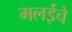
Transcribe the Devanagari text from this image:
मलईचे